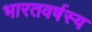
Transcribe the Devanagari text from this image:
भारतवर्षस्य